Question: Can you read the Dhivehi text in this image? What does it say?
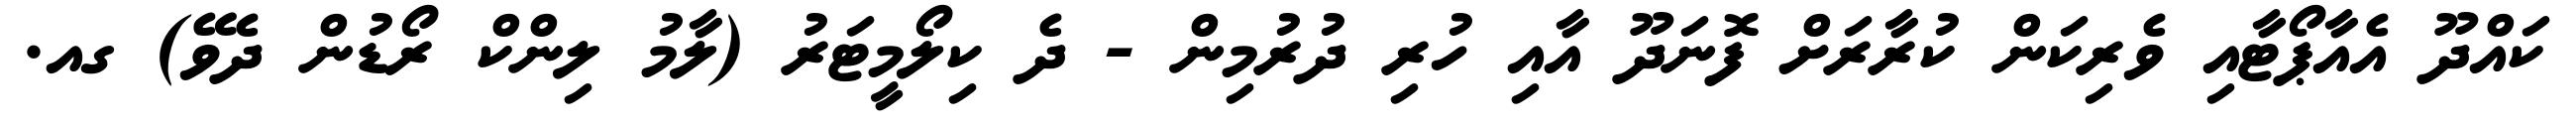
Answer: ކައްދޫ އެއާޕޯޓާއި ވެރިކަން ކުރާރަށް ފޮނަދޫ އާއި ހުރި ދުރުމިން - ދެ ކިލޯމީޓަރު (ލާމު ލިންކް ރޯޑުން ދެވޭ) ގއ.